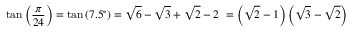
\tan \left( { \frac { \pi } { 2 4 } } \right) = \tan \left( 7 . 5 ^ { \circ } \right) = { \sqrt { 6 } } - { \sqrt { 3 } } + { \sqrt { 2 } } - 2 \ = \left( { \sqrt { 2 } } - 1 \right) \left( { \sqrt { 3 } } - { \sqrt { 2 } } \right)